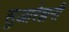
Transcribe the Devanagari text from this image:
सुआरेझनी